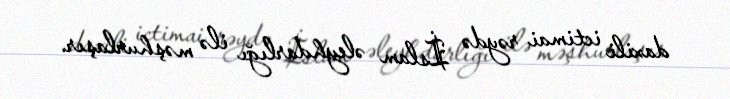
daxili ictimai rəydə İslam əleyhdarlığı ilə məşhurlaşır.